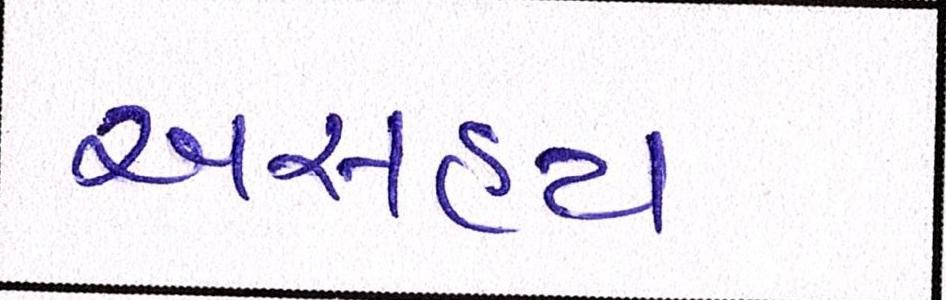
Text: અસહ્ય